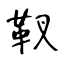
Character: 靫